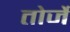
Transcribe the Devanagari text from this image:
तोर्जे